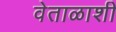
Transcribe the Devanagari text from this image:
वेताळाशी